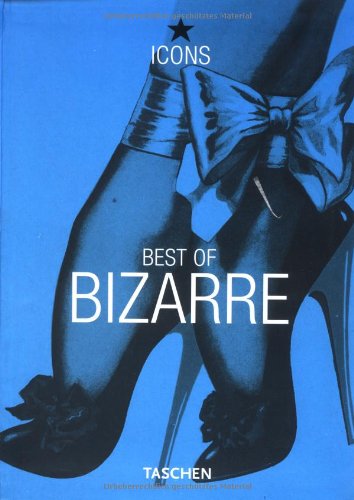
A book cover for Best of Bizarre (TASCHEN Icons Series); Eric Kroll; Arts & Photography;